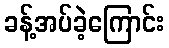
ခန့်အပ်ခဲ့ကြောင်း